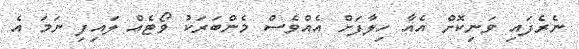
ނެރެފައި ވަނިކޮށް އެއާ ހިލާފަށް އެއްވެސް މެންބަރަކު ވޯޓެއް ލައިފި ނަމަ އެ